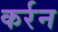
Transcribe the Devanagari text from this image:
कर्रन